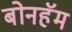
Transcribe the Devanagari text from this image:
बोनहॅम